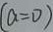
( a = 0 )